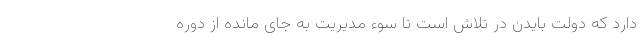
دارد که دولت بایدن در تلاش است تا سوء مدیریت به جای مانده از دوره